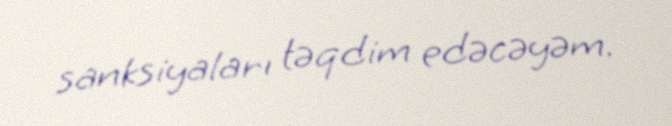
sanksiyaları təqdim edəcəyəm.